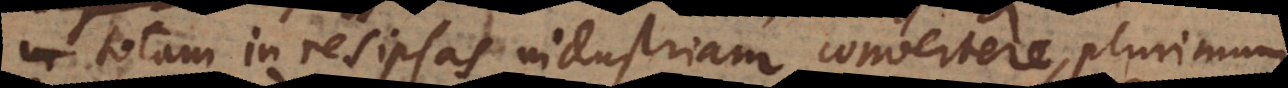
totam in res ipsas industriam convertere, plurimum